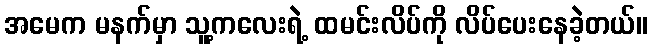
အမေက မနက်မှာ သူ့ကလေးရဲ့ ထမင်းလိပ်ကို လိပ်ပေးနေခဲ့တယ်။